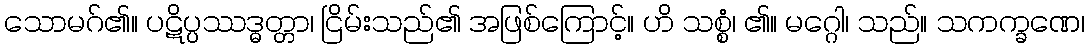
သောမဂ်၏။ ပဋိပ္ပဿဒ္ဓတ္တာ၊ ငြိမ်းသည်၏ အဖြစ်ကြောင့်။ ဟိ သစ္စံ၊ ၏။ မဂ္ဂေါ၊ သည်။ သကက္ခဏေ၊